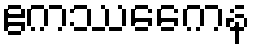
ဧကဿေကေန